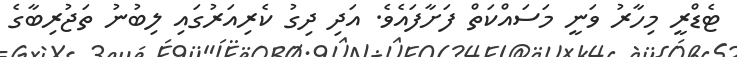
ޓެޑްރީ މިހާރު ވަނީ މަސައްކަތް ފަށާފައެވެ. އަދި ދިގު ކެރިއަރުގައި ލިބުނު ތަޖުރިބާގެ